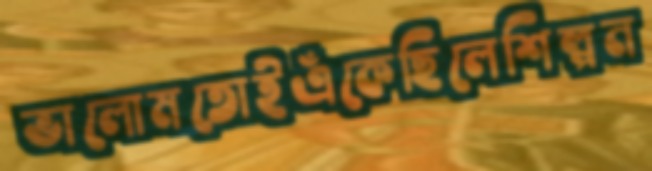
ভালোমতোইএঁকেছিলেশিল্পন